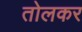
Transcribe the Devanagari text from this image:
तोलकर